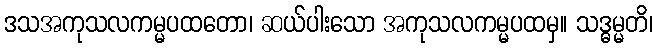
ဒသအကုသလကမ္မပထတော၊ ဆယ်ပါးသော အကုသလကမ္မပထမှ။ သဒ္ဓမ္မတိ၊